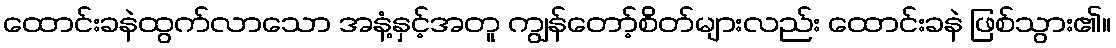
ထောင်းခနဲထွက်လာသော အနံ့နှင့်အတူ ကျွန်တော့်စိတ်များလည်း ထောင်းခနဲ ဖြစ်သွား၏။